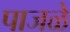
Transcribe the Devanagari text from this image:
पाजळे